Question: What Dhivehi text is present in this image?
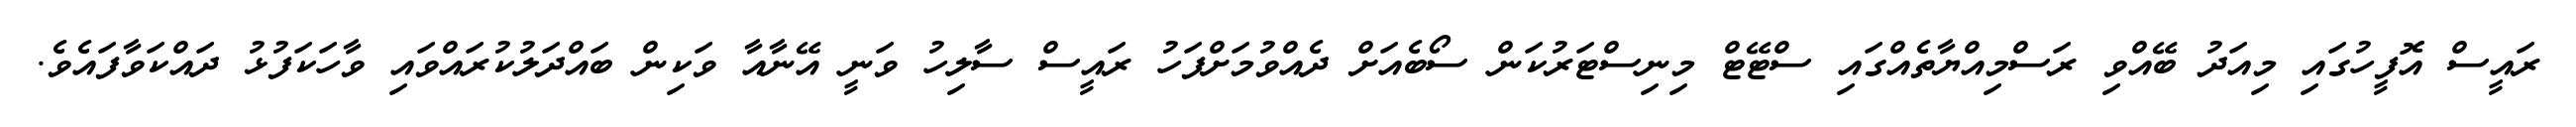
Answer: ރައީސް އޮފީހުގައި މިއަދު ބޭއްވި ރަސްމިއްޔާތެއްގައި ސްޓޭޓް މިނިސްޓަރުކަން ސޯބެއަށް ދެއްވުމަށްފަހު ރައީސް ސާލިހު ވަނީ އޭނާއާ ވަކިން ބައްދަލުކުރައްވައި ވާހަކަފުޅު ދައްކަވާފައެވެ.